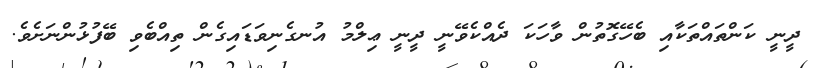
ދީނީ ކަންތައްތަކާއި ބެހޭގޮތުން ވާހަކަ ދެއްކެވޭނީ ދީނީ ޢިލްމު އުނގެނިވަޑައިގެން ތިއްބެވި ބޭފުޅުންނަށެވެ.